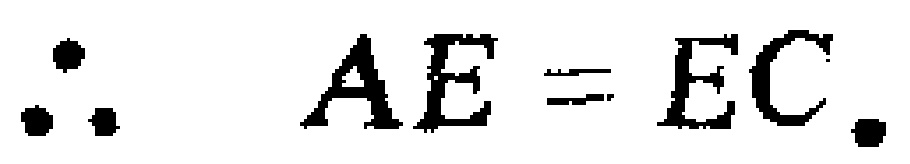
\(\therefore AE = EC.\)